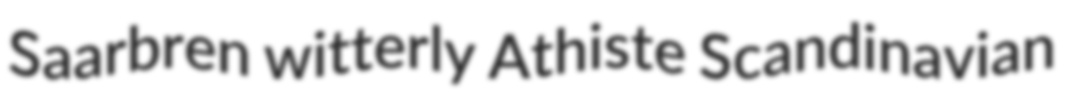
Saarbren witterly Athiste Scandinavian